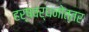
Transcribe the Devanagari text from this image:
हर्षवर्धनोत्तर